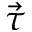
\vec { \tau }